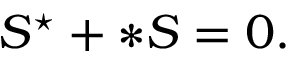
S ^ { \star } + \ast S = 0 .